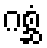
ဂစ္ဆံ